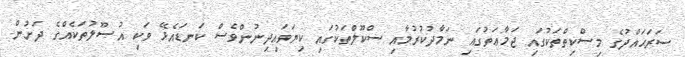
ސަރަޙައްދުގެ މިސްކިތްތަކުގައި ޖަމާޢަތުގައި ނަމާދުކުރުމާއި ސްކޫލްތަކުގައި ކިޔަވައިދިނުންވެސް ކަނޑައެޅޭ ވަކި އުޞޫލުތަކެއްގެ ދަށުން